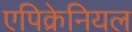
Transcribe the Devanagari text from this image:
एपिक्रेनियल